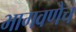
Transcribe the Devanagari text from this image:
भागवणेच